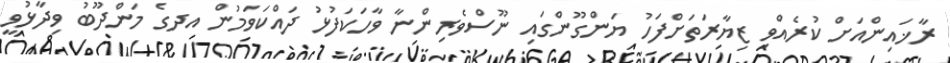
ރާޚައިންއަށް ކުރެއްވި ޒިޔާރަތަށްފަހު ޔަންގޫންގައި ނޫސްވެރިންނާ ވާހަކަފުޅު ދައްކަވަމުން އދގެ މަންދޫބު ވިދާޅުވީ